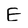
Character: E